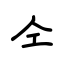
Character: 仝